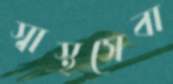
স্বাস্থসেবা